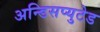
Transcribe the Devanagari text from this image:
अन्डिसप्युटेड